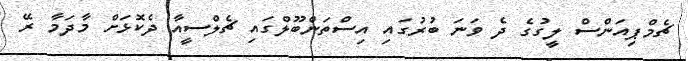
ޗެމްޕިއަންސް ލީގުގެ ދެ ވަނަ ބުރުގައި އިސްތަންބޫލްގައި ޗެލްސީއާ ދެކޮޅަށް މާދަމާ ރޭ